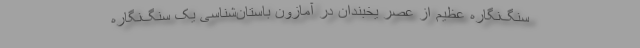
سنگ‌نگاره عظیم از عصر یخبندان در آمازون باستان‌شناسی یک سنگ‌نگاره